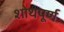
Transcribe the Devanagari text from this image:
शोथपूर्ण